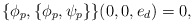
\begin{align*}\{\phi_p, \{\phi_p, \psi_p\}\}(0, 0,e_d)=0,\end{align*}